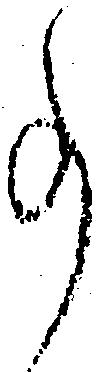
事